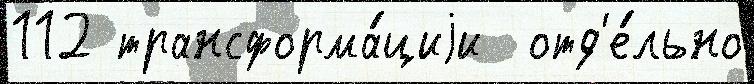
112 трансформа́циjи  отд'е́льно